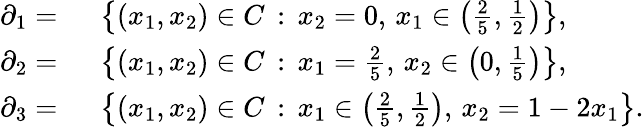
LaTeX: \begin{array}{rl}{\partial_{1}=\ }&{\left\{ (x_{1},x_{2})\in C\, :\, x_{2}=0,\, x_{1}\in\left(\frac 25,\frac 12\right)\right\} ,}\\ {\partial_{2}=\ }&{\left\{ (x_{1},x_{2})\in C\, :\, x_{1}=\frac 25,\, x_{2}\in\left(0,\frac 15\right)\right\} ,}\\ {\partial_{3}=\ }&{\left\{ (x_{1},x_{2})\in C\, :\, x_{1}\in\left(\frac 25,\frac 12\right),\, x_{2}=1-2x_{1}\right\} .}\end{array}